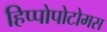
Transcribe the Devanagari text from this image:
हिप्पोपोटोमस